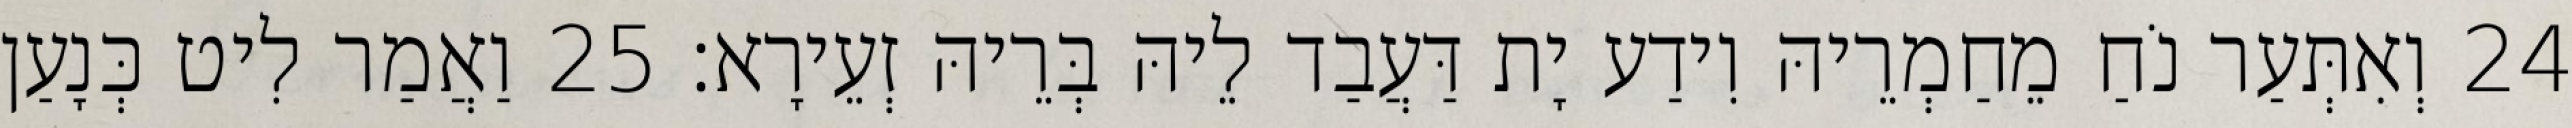
24 וְאִתְּעַר נֹחַ מֵחַמְרֵיהּ וִידַע יָת דַּעֲבַד לֵיהּ בְּרֵיהּ זְעֵירָא׃ 25 וַאֲמַר לִיט כְּנָעַן